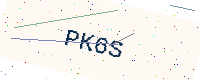
Text: PK6S